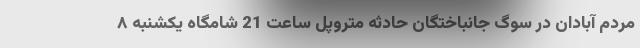
مردم آبادان در سوگ جانباختگان حادثه متروپل ساعت 21 شامگاه یکشنبه ۸